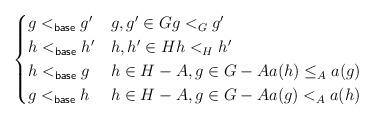
LaTeX: \begin{align*}\begin{cases}g <_{\sf base} g' & g, g' \in G g<_{G}g' \\h <_{\sf base} h' & h, h' \in H h<_{H}h' \\h <_{\sf base} g & h \in H-A, g \in G-A a(h) \leq_{A} a(g) \\g <_{\sf base} h & h \in H-A, g \in G-A a(g) <_{A} a(h) \\\end{cases}\end{align*}